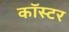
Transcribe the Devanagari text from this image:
कॉस्टर